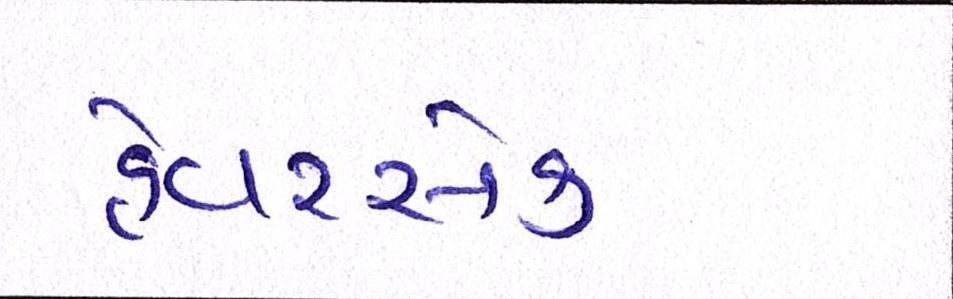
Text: હેવરસેક